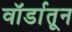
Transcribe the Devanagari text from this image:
वॉर्डातून